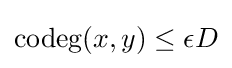
{\text{codeg}}(x,y)\leq \epsilon D